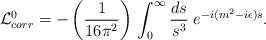
\begin{align*}{\cal L}_{corr}^0= -\left({1\over{16 \pi^2}}\right)\,\int_{0}^{\infty} {ds \over s^3}\; e^{-i(m^2-i\epsilon)s}.\end{align*}